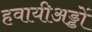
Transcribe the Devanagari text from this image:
हवायीअड्डों